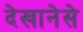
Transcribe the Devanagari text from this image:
देखानेसे